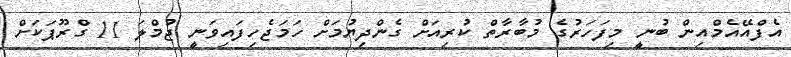
އެފްއޭއެމްއިން ބުނީ މިފަހަރުގެ މުބާރާތް ކުރިއަށް ގެންދިޔުމަށް ހަމަޖެހިފައިވަނީ ޖުމްލަ 11 ގްރޫޕަކަށް